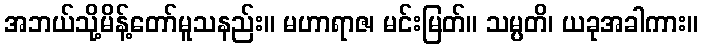
အဘယ်သို့မိန့်တော်မူသနည်း။ မဟာရာဇ၊ မင်းမြတ်။ သမ္ပတိ၊ ယခုအခါကား။